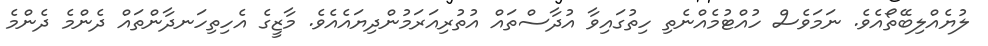
ލުޔެއްލިބޭތޯއެވެ. ނަމަވެސް ހުއްޓުމެއްނެތި ހިތުގައިވާ އުދާސްތައް އުތުރިއަރަމުންދިޔައެއެވެ. މާޒީގެ އެހިތިހަނދާންތައް ދެންމެ ދެންމެ